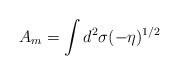
\begin{align*}A_m=\int d^2\sigma (-\eta )^{1/2}\end{align*}